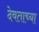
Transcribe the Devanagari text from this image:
देवताच्या